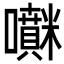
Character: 𡅊